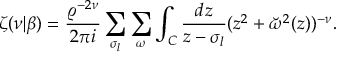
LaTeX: \zeta ( \nu | \beta ) = { \frac { \varrho ^ { - 2 \nu } } { 2 \pi i } } \sum _ { \sigma _ { l } } \sum _ { \omega } \int _ { C } { \frac { d z } { z - \sigma _ { l } } } ( z ^ { 2 } + \breve { \omega } ^ { 2 } ( z ) ) ^ { - \nu } .